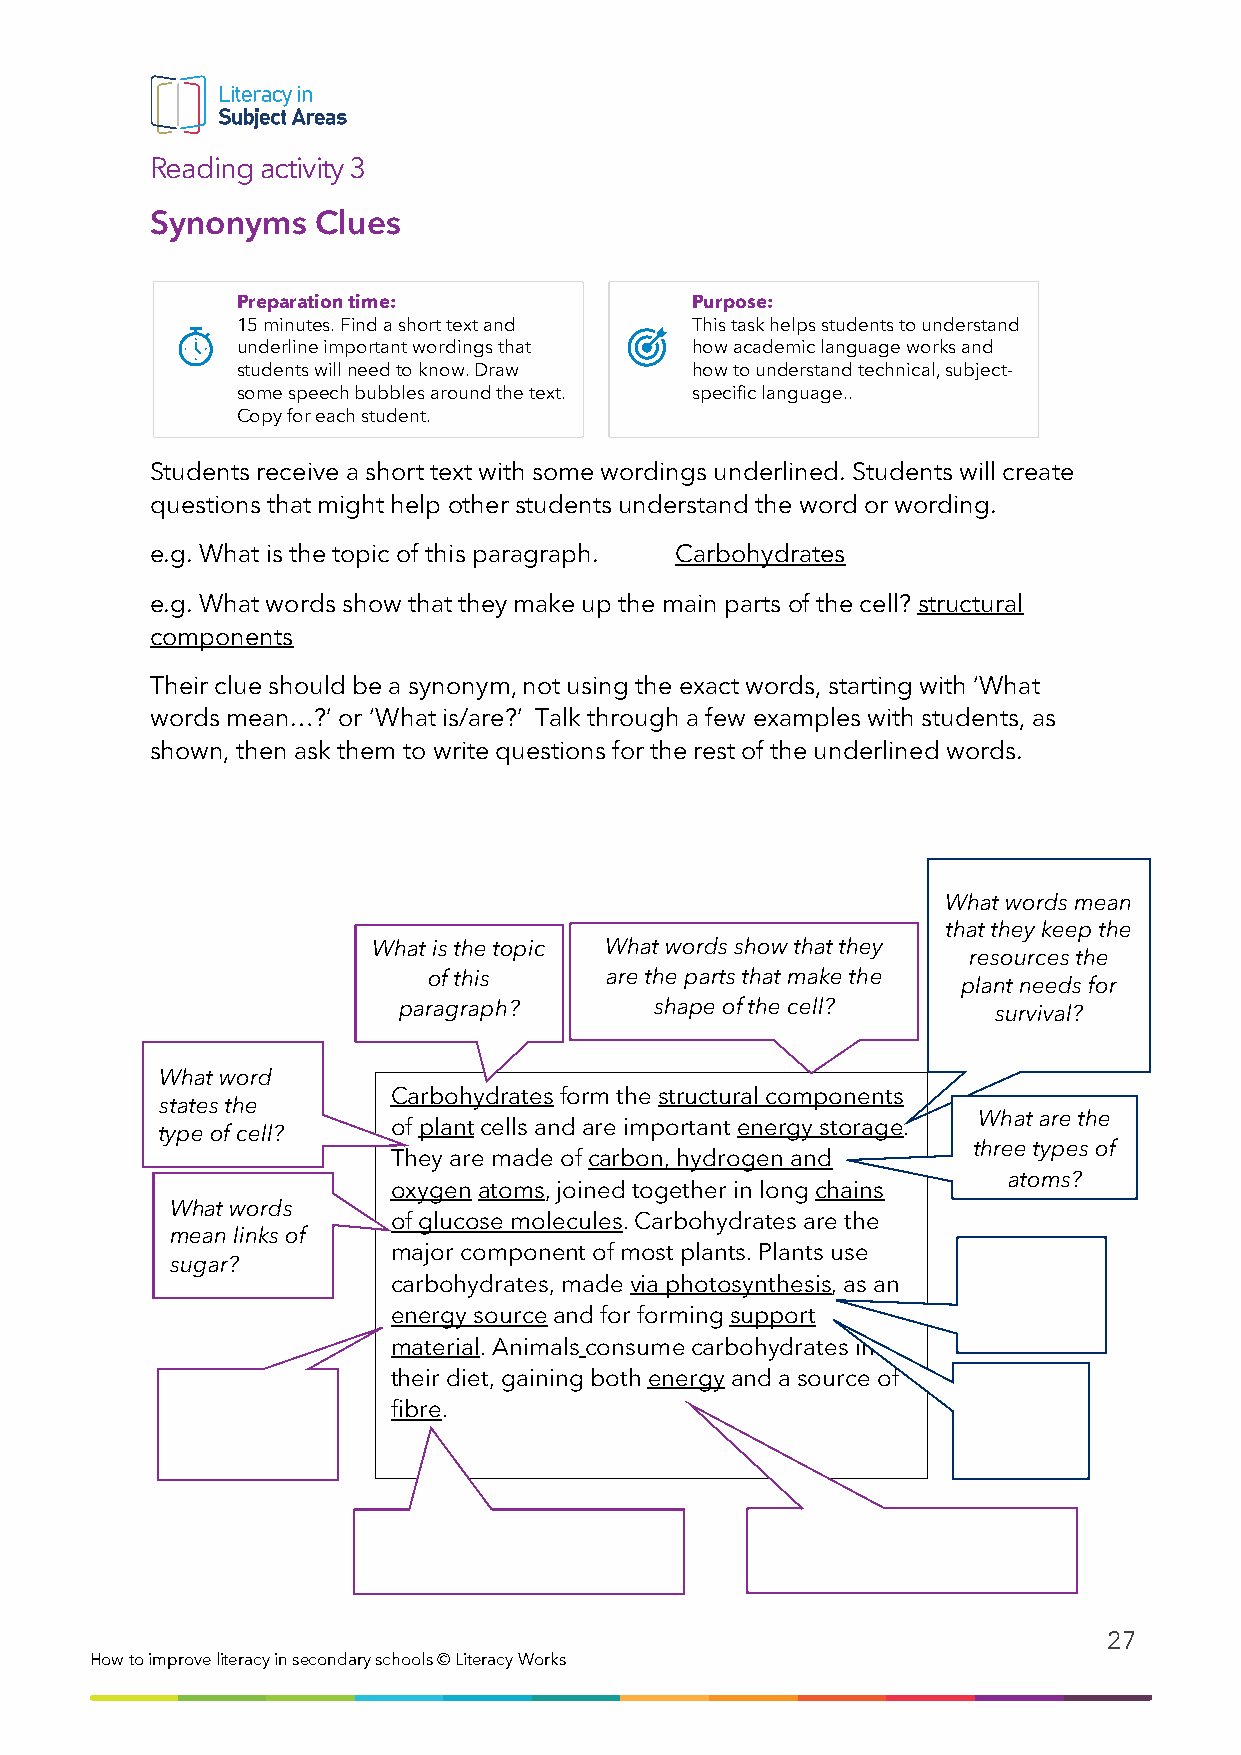
Reading activity 3
 Synonyms   Clues
 Preparation time:             Purpose:
 15 minutes. Find a short text and This task helps students to understand
 underline important wordings that how academic language works and
 students will need to know. Draw how to understand technical, subject-
 some speech bubbles around the text. specific language..
 Copy for each student.
 Students receive a short text with some wordings underlined. Students will create
 questions that might help other students understand the word or wording.
 e.g. What is the topic of this paragraph. Carbohydrates
 e.g. What words show that they make up the main parts of the cell? structural
 components
 Their clue should be a synonym, not using the exact words, starting with ‘What
 words mean…?’ or ‘What is/are?’ Talk through a few examples with students, as
 shown, then ask them to write questions for the rest of the underlined words.
 What words mean
 that they keep the
 What is the topic What words show that they
 resources the
 of this     are the parts that make the
 plant needs for
 paragraph?       shape of the cell?     survival?
 What word
 Carbohydrates form the structural components
 states the
 What are the
 of plant cells and are important energy storage.
 type of cell?
 three types of
 They are made of carbon, hydrogen and
 atoms?
 oxygen atoms, joined together in long chains
 What words
 of glucose molecules. Carbohydrates are the
 mean links of
 major component of most plants. Plants use
 sugar?
 carbohydrates, made via photosynthesis, as an
 energy source and for forming support
 material. Animals consume carbohydrates in
 their diet, gaining both energy and a source of
 fibre.
 27
 How to i mprove literacy in secondary schools © Literacy Works